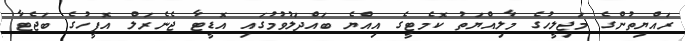
ރައްޔިތުންގެ މަޖިލީހުގެ މާލިއްޔަތު ކޮމެޓީގެ އިއްޔެ ބައްދަލުވުމުގައި އޮޑީޓާ ޖެނެރަލް އޮފީހުގެ ބަޖެޓާ